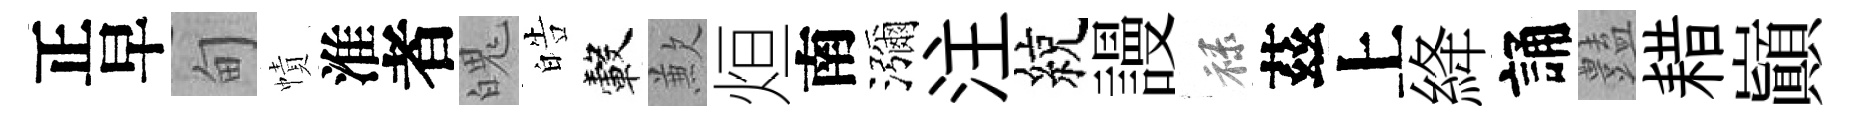
正早甸幘淮者魄皓轂歉烜南瀰注綂謾禄茲上絳誦𧰟耤巔